Leaving Certificate Examination, 1914
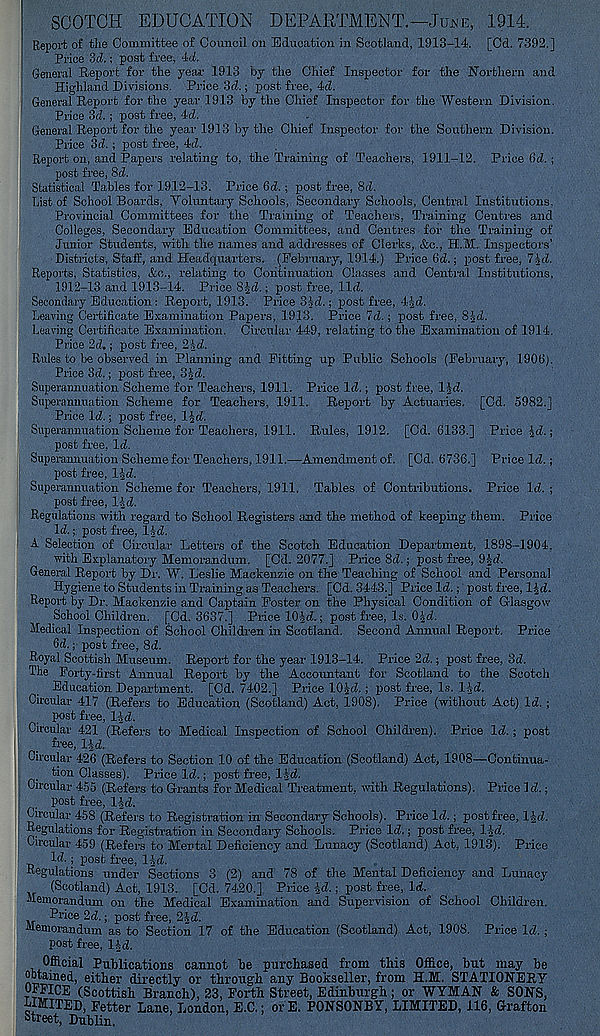
SCOTCH EDUCATION DEPARTMENT.—June, 1914.
Report of the Committee of Council on Education in Scotland, 1913-14. [Cd. 7392.]
Price 3d.; post free, id.
General Report for the year 1913 by the Chief Inspector for the Northern and
Highland Divisions. Price 3d.; post free, id.
General Report for the year 1913 by the Chief Inspector for the Western Division.
Price 3d. ; post free, 4d.
General Report for the year 1913 by the Chief Inspector for the Southern Division.
Price 3d.; post free, 4d.
Report on, and Papers relating to, the Training of Teachers, 1911-12. Price 6d. ;
post free, 8d.
Statistical Tables for 1912-13. Price 6d. ; post free, 8d.
List of School Boards, Voluntary Schools, Secondary Schools, Central Institutions.
Provincial Committees for the Training of Teachers, Training Centres and
Colleges, Secondary Education Committees, and Centres for the Training of
Junior Students, with the names and addresses of Clerks, &c., H.M. Inspectors'
Districts, Staff, and Headquarters. (February, 1914.) Price fid.; post free, 7^ d.
Reports. Statistics. &o., relating to Continuation Classes and Central Institutions.
1912-13 and 1913-14. Price SJd.; post free, lid.
Secondary Education : Report, 1913. Price 3Id.; post free, 4Jd.
Leaving Certificate Examination Papers, 1913. Price 7d.; post free, 8|d.
Leaving Certificate Examination. Circular 449, relating to the Examination of 1914.
Price 2d.; post free, 2nd.
Rules to be observed in Planning and Fitting up Public Schools (February, 190t>).
Price 3d.; post free, 3 Id.
Superannuation Scheme for Teachers, 1911. Price Id.; post free, l-Jd.
Superannuation Scheme for Teachers, 1911. Report by Actuaries. [Cd. 5982.]
Price Id.; post free, Ifd.
Superannuation Scheme for Teachers, 1911. Rules, 1912. [Cd. 6133.] Price Id. ;
post free, Id.
Superannuation Scheme for Teachers, 1911.—Amendment of. [Cd. 6736.] Price Id.;
post free, lid.
Superannuation Scheme for Teachers, 1911. Tables of Contributions. Price Id. ;
post free, lid.
Regulations with regard to School Registers and the method of keeping them. Price
Id.; post free, lid.
A Selection of Circular Letters of the Scotch Education Department, 1898-1904,
with Explanatory Memorandum. [Cd. 2077.] Price 8d.; post free, 9Id,
General Report by Dr. W. Leslie Mackenzie on the Teaching of School and Personal
Hygiene to Students in Training as Teachers. [Cd. 3443.] Price Id.; post free, lid.
Report by Dr. Mackenzie and Captain Foster on the Physical Condition of Glasgow
Schoolchildren. [Cd. 3637.] .Price 10Jd.; post free, Is. Old.
Medical Inspection of School Children in Scotland. Second Annual Report. Price
6d.; post free, 8d.
Royal Scottish Museum. Report for the year 1913-14. Price 2d.; post free, 3d.
The Forty-first Annual Report by the Accountant for Scotland to the Scotch
Education Department. [Cd. 7402.] Price 10Id. ; post free, Is. lid.
Circular 417 (Refers to Education (Scotland) Act, 1908). Price (without Act) Id.;
post free, lid.
Circular 421 (Refers to Medical Inspection of School Children). Price Id.; post
free, lid.
Circular 426 (Refers to Section 10 of the Education (Scotland) Act, 1908—Continua-
tion Classes). Price Id.; post free, lid.
Circular 455 (Refers to Grants for Medical Treatment, with Regulations). Price 1 d.;
post free, lid.
Circular 458 (Refers to Registration in Secondary Schools). Price Id.; post free, lid.
Regulations for Registration in Secondary Schools. Price Id.; post free, lid.
Circular 459 (Refers to Mental Deficiency and Lunacy (Scotland) Act, 1913). Price
Id.; post free, lid.
Regulations under Sections 3 (2) and 78 of the Mental Deficiency and Lunacy
(Scotland) Act, 1913. [Cd. 7420.] Price Id.; post free, Id.
Memorandum on the Medical Examination and Supervision of School Children.
Ri'icc 2d.; post free, 2Id.
Memorandum as to Section 17 of the Education (Scotland) Act, 1908. Price Id. ;
post free, lid.
Official Publications cannot be purchased from this Office, hut may he
obtained, either directly or through any Bookseller, from H.M. STATIONERY
OFFICE (Scottish Branch), 23, Forth Street, Edinburgh; or WYMAN & SONS,
LIMITED, Fetter Lane, London, E.C.; orE. PONSONBY, LIMITED, 116, Grafton
Street, Dublin.